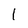
Character: l